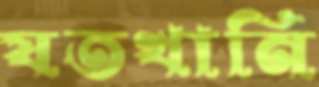
যতখানি